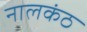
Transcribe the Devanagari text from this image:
नालकंठ